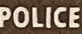
POLICE